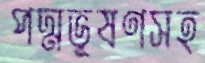
পদ্মভূষণসহ